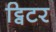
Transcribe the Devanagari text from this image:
ट्विटर